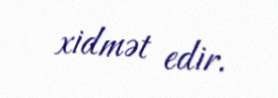
xidmət edir.